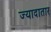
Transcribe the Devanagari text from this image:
ज्यादातार